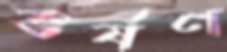
ভর্ষণ